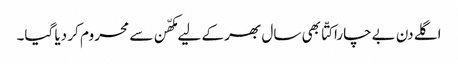
اگلے دن بےچارا کتّا بھی سال بھر کے لیے مکھّن سے محروم کر دیا گیا۔